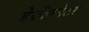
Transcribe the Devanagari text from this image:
डेज़ीगनेटर